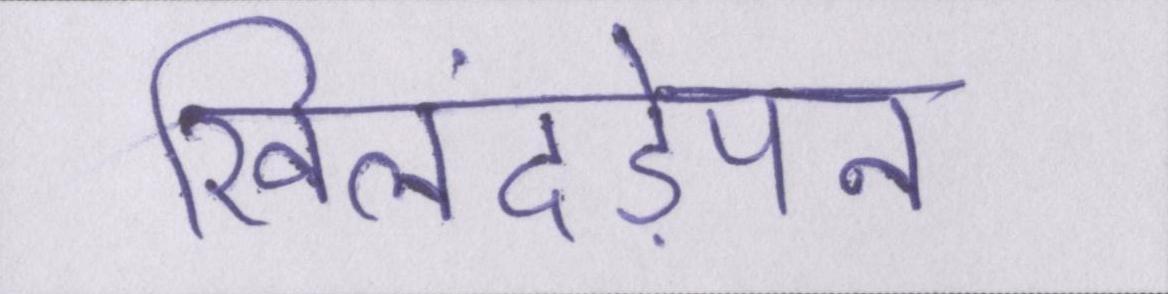
खिलंदड़ेपन